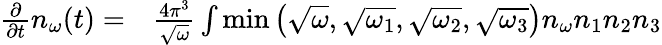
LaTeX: \begin{array}{rl}{\frac{\partial}{\partial t}n_{\omega}(t)=}&{{}\frac{4\pi^{3}}{\sqrt{\omega}}\int\operatorname*{min}\left(\sqrt{\omega},\sqrt{\omega_{1}},\sqrt{\omega_{2}},\sqrt{\omega_{3}}\right)n_{\omega}n_{1}n_{2}n_{3}}\end{array}